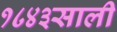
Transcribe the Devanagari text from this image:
१८४३साली